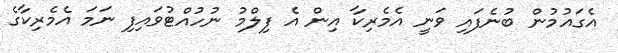
އެގައުމުން ބުނެފައި ވަނީ އެމެރިކާ އިން އެ ފިލްމު ނުހުއްޓުވައިފި ނަމަ އެމެރިކާގެ